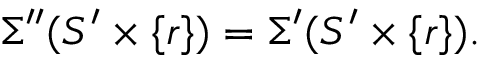
\Sigma ^ { \prime \prime } ( S ^ { \prime } \times \{ r \} ) = \Sigma ^ { \prime } ( S ^ { \prime } \times \{ r \} ) .